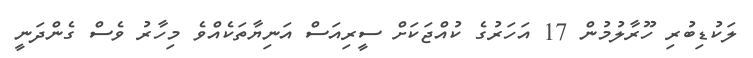
ލަކުޑިިބުރި ހޫރާލުމުން 17 އަހަރުގެ ކުއްޖަކަށް ސީރިއަސް އަނިޔާތަކެއްވެ މިހާރު ވެސް ގެންދަނީ